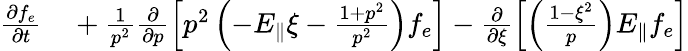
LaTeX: \begin{array}{rl}{\frac{\partial f_{e}}{\partial t}}&{{}+\frac{1}{p^{2}}\frac{\partial}{\partial p}\left[p^{2}\left(-E_{\Vert}\xi-\frac{1+p^{2}}{p^{2}}\right)f_{e}\right]-\frac{\partial}{\partial\xi}\left[\left(\frac{1-\xi^{2}}{p}\right)E_{\Vert}f_{e}\right]}\end{array}